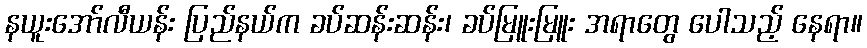
နယူးအော်လီယန်း ပြည်နယ်က ခပ်ဆန်းဆန်း၊ ခပ်မြူးမြူး အရာတွေ ပေါသည့် နေရာ။